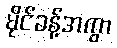
မိုင်ခန့်အကွာ